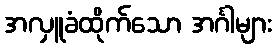
အလှူခံထိုက်သော အင်္ဂါများ